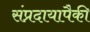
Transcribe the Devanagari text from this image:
संप्रदायापैकी